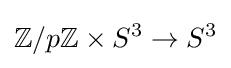
\mathbb {Z} /p\mathbb {Z} \times S^{3}\to S^{3}